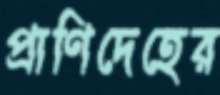
প্রাণিদেহের